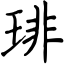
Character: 琲